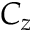
C _ { z }